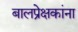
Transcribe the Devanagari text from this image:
बालप्रेक्षकांना